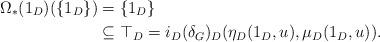
LaTeX: \begin{align*}\Omega_\ast(1_D)(\{1_D\}) & = \{1_D\} \\& \subseteq \top_D = i_D(\delta_G)_D (\eta_D(1_D , u) , \mu_D(1_D , u)).\end{align*}